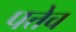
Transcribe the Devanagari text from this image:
पत्तेच